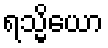
ရသ္မိယော